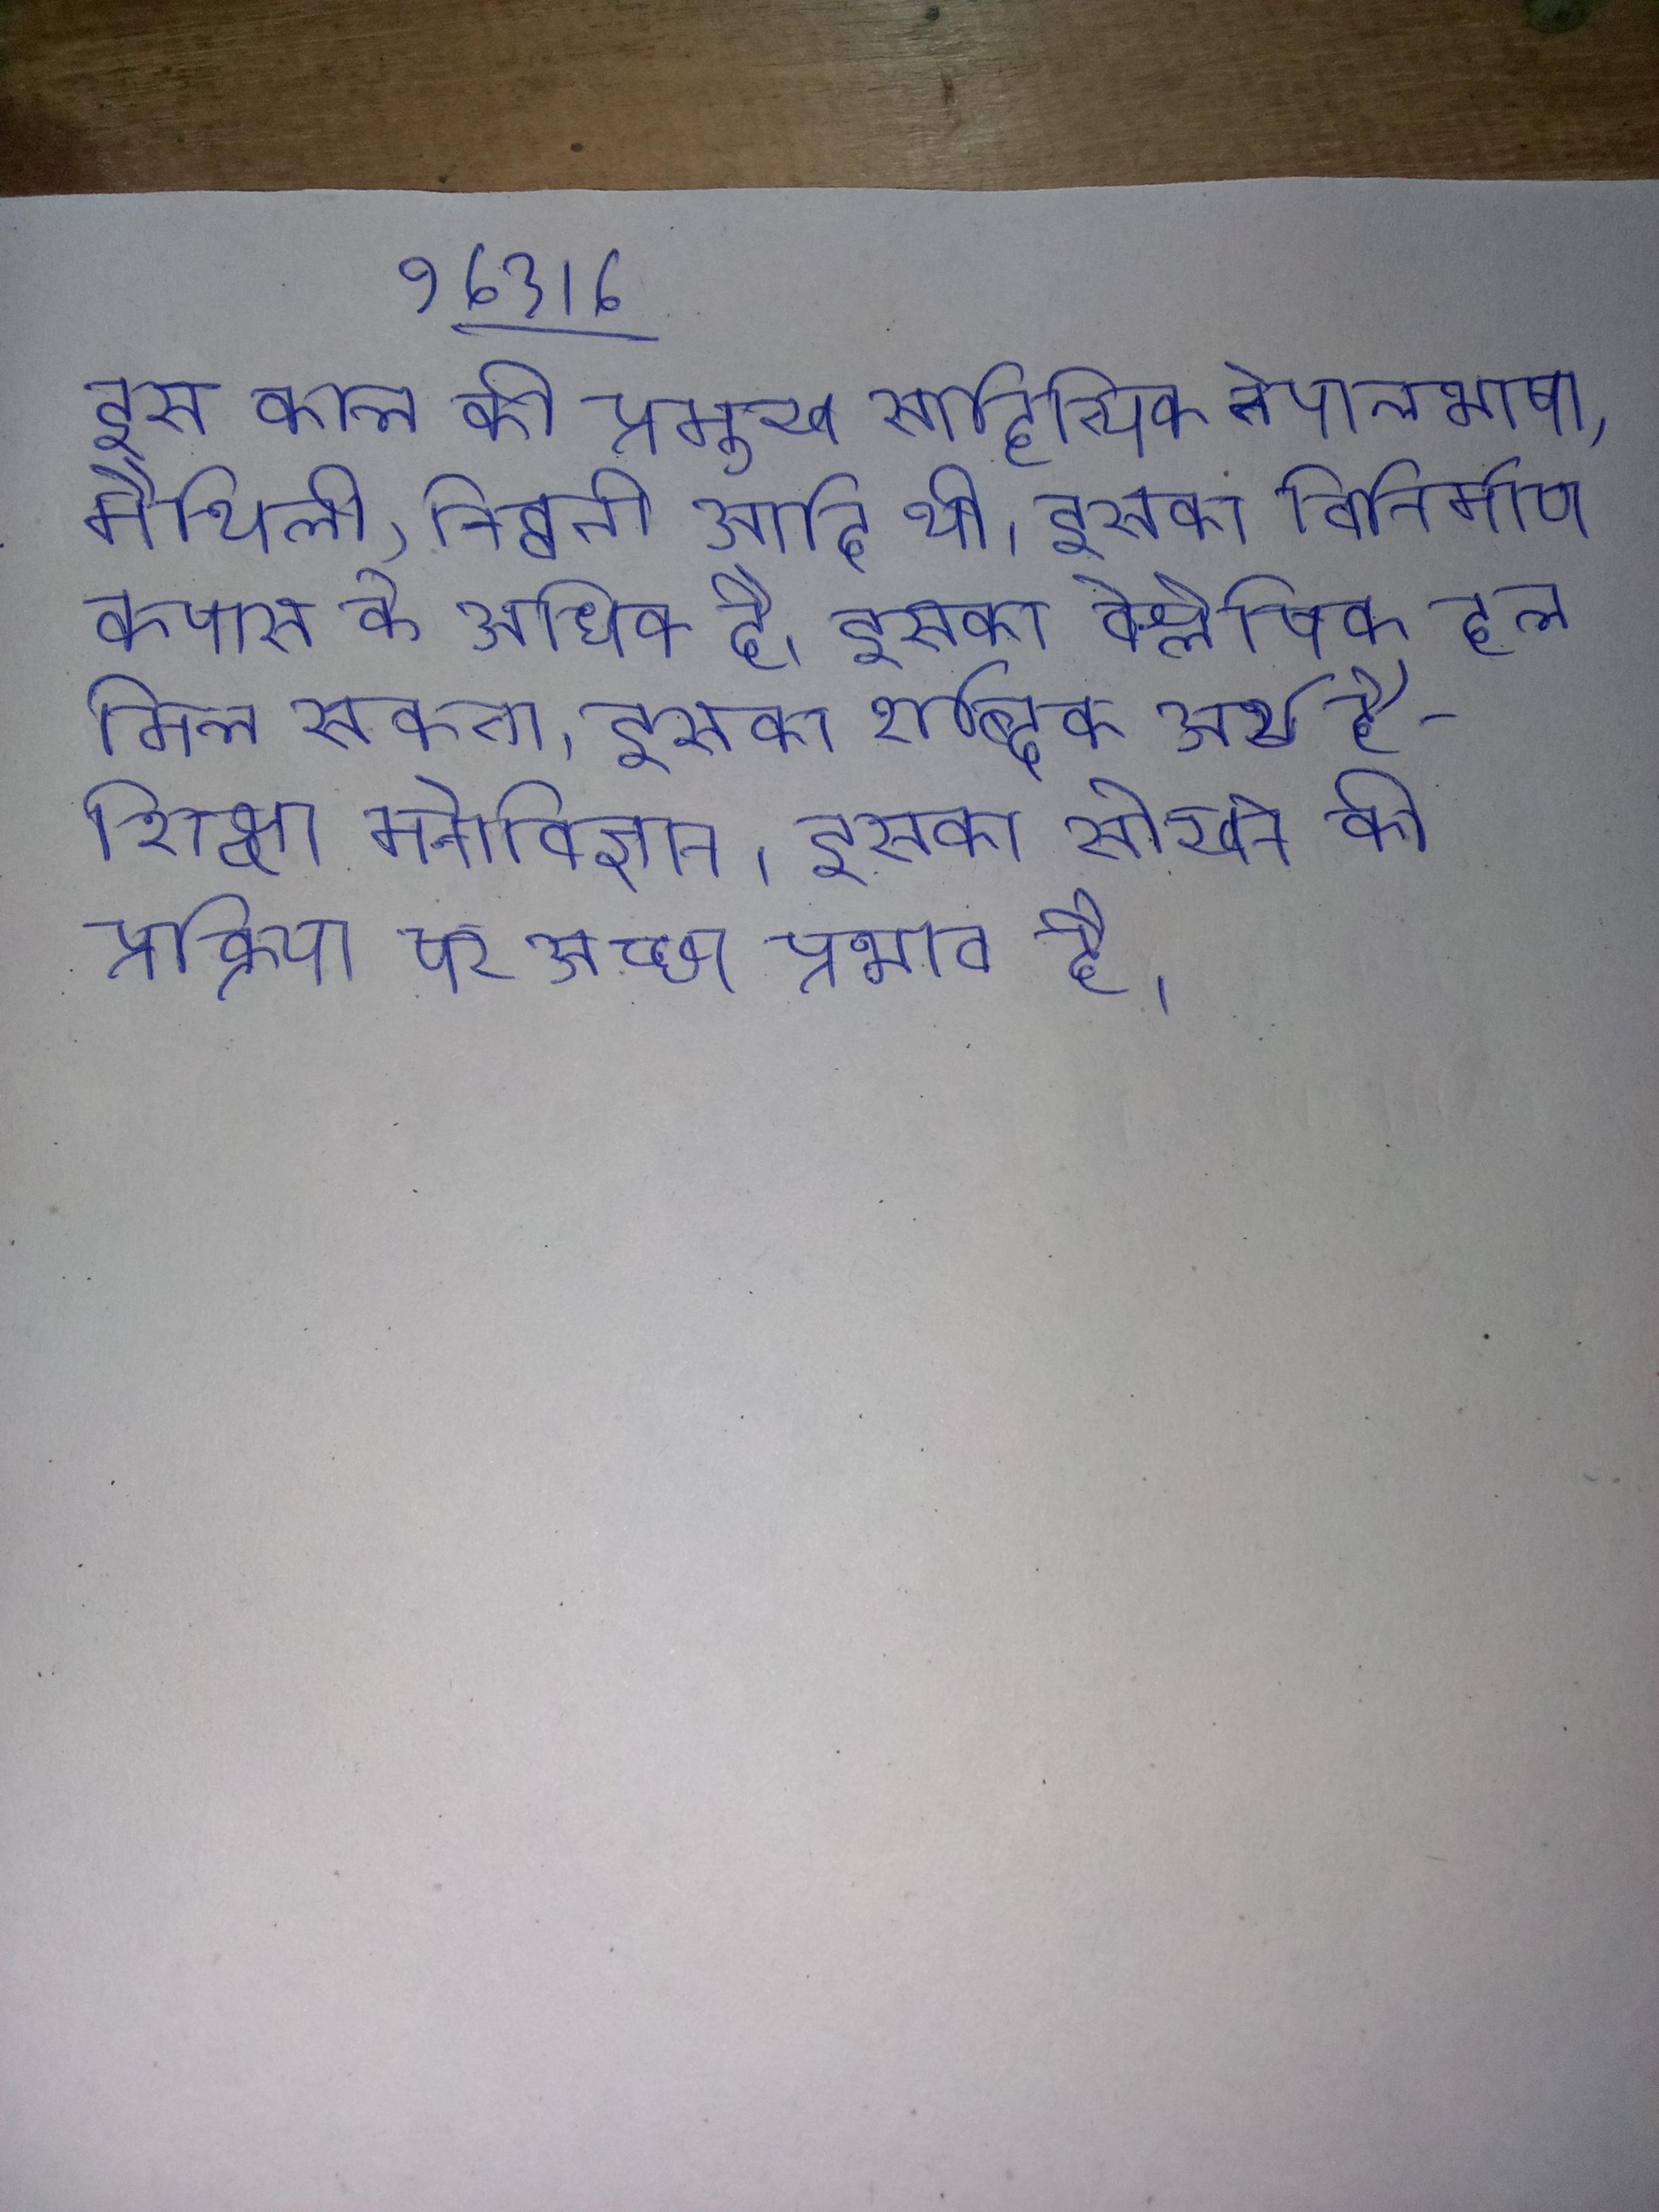
इस काल की प्रमुख साहित्यिक नेपालभाषा, मैथिली, तिब्बती आदि थी । इसका विनिर्माण कपास के अधिक है । इसका वैश्लेषिक हल मिल सकता । इसका शाब्दिक अर्थ है - शिक्षा मनोविज्ञान । इसका सीखने की प्रक्रिया पर अच्छा प्रभाव है ।